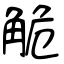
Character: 觤